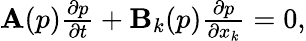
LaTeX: \begin{array}{r}{\mathbf A(p)\frac{\partial p}{\partial t}+\mathbf B_{k}(p)\frac{\partial p}{\partial x_{k}}=0,}\end{array}